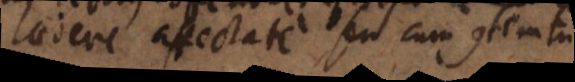
laedere affectate seu cum contemtu.